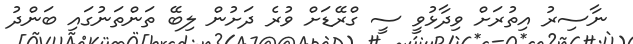
ނާސިރު އިތުރަށް ވިދާޅުވީ ސީ ގްރޭޑަށް ވުރެ ދަށުން ލިބޭ ތަންތަނުގައި ބަންދު